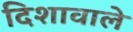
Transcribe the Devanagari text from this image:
दिशावाले